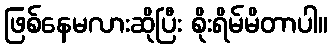
ဖြစ်နေမလားဆိုပြီး စိုးရိမ်မိတာပါ။